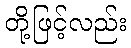
တို့ဖြင့်လည်း